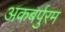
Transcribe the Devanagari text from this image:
अकबर्पुरम